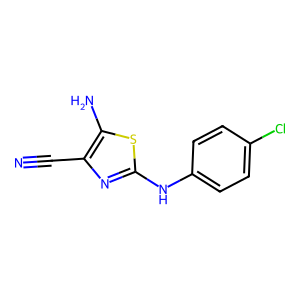
SMILES: N#Cc1nc(Nc2ccc(Cl)cc2)sc1N
Inhibits HIV replication: No